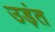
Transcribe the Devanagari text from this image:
उड़ंत